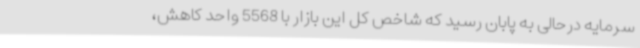
سرمایه درحالی به پابان رسید که شاخص کل این بازار با 5568 واحد کاهش،